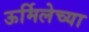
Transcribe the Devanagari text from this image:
ऊर्मिलेच्या